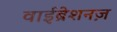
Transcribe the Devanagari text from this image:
वाईब्रेशनज़